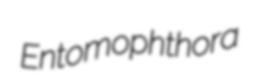
Entomophthora